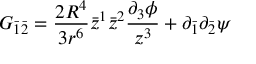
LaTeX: G _ { \bar { 1 } \bar { 2 } } = \frac { 2 R ^ { 4 } } { 3 r ^ { 6 } } \bar { z } ^ { 1 } \bar { z } ^ { 2 } \frac { \partial _ { 3 } \phi } { z ^ { 3 } } + \partial _ { \bar { 1 } } \partial _ { \bar { 2 } } \psi